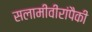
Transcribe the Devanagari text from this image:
सलामीवीरांपैकी